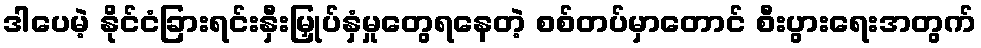
ဒါပေမဲ့ နိုင်ငံခြားရင်းနှီးမြှုပ်နှံမှုတွေရနေတဲ့ စစ်တပ်မှာတောင် စီးပွားရေးအတွက်